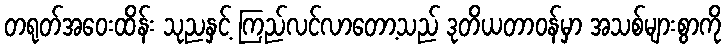
တရုတ်အဝေးထိန်း သုညနှင့် ကြည်လင်လာတော့သည် ဒုတိယတာဝန်မှာ အသစ်များစွာကို